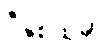
ဒီနှစ်ထဲမှာ